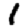
Digit: 1